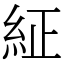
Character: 䋊